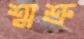
শ্মশ্রু